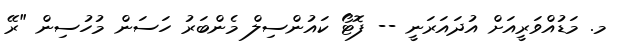
މ. މަޑުއްވަރީއަށް އުދައަރަނީ -- ފޮޓޯ ކައުންސިލް މެންބަރު ހަސަން މުހުސިން "ރޭ